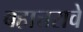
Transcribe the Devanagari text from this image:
बहात्तरावे